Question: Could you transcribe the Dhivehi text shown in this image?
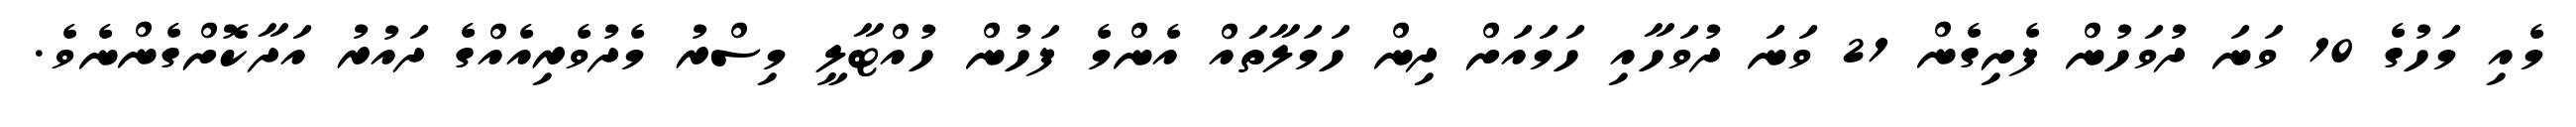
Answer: މެއި މަހުގެ 10 ވަނަ ދުވަހުން ފެށިގެން 21 ވަނަ ދުވަހާއި ހަމައަށް ދިން ހަމަލާތައް އެންމެ ފަހުން ހުއްޓާލީ މިސްރު މެދުވެރިއެއްގެ ދައުރު އަދާކޮށްގެންނެވެ.